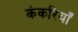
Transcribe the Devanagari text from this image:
कंकरियाँ